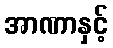
အာဏာနှင့်